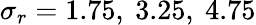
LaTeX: \sigma_{r}=1.75,~3.25,~4.75